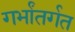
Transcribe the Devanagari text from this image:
गर्भांतर्गत